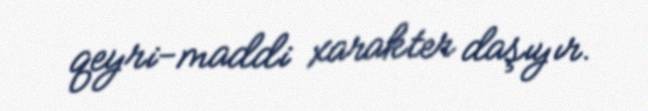
qeyri-maddi xarakter daşıyır.